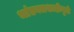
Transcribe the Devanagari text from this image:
भांडवलशाहीमुळे